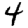
Digit: 4